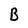
Character: B